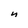
Character: n